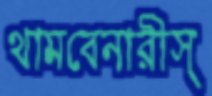
থামবেনারীস্